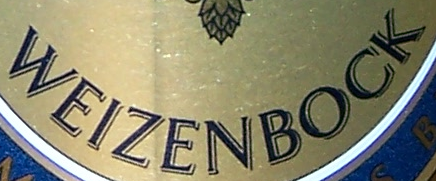
WEIZENBOCK